Medical and sanitary report of the native army of Bengal for the year
Year: 1878
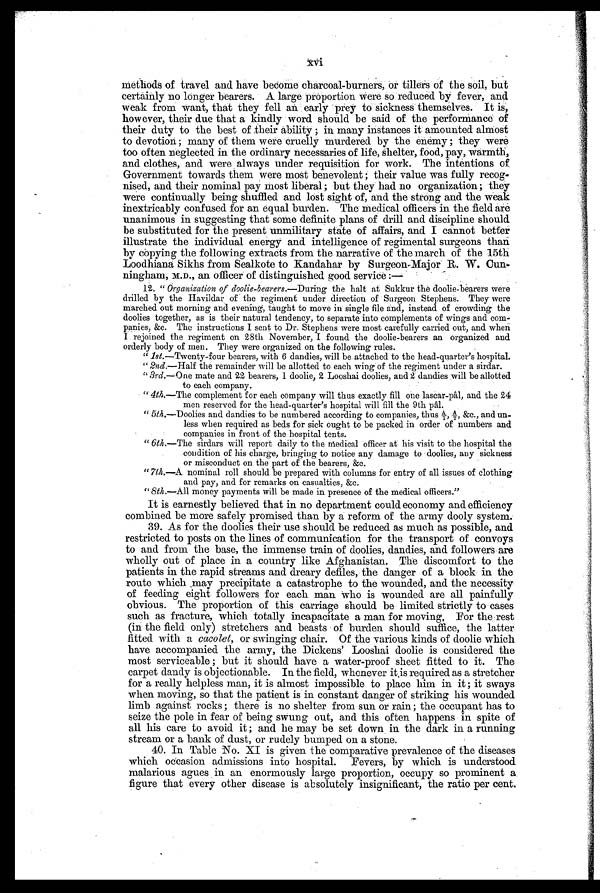
xvi
methods of travel and have become charcoal-burners, or tillers of the soil, but
certainly no longer bearers. A large proportion were so reduced by fever, and
weak from want, that they fell an early prey to sickness themselves. It is,
however, their due that a kindly word should be said of the performance of
their duty to the best of their ability ; in many instances it amounted almost
to devotion ; many of them were cruelly murdered by the enemy ; they were
too often neglected in the ordinary necessaries of life, shelter, food, pay, warmth,
and clothes, and were always under requisition for work. The intentions of
Government towards them were most benevolent ; their value was fully recog
-nised, and their nominal pay most liberal ; but they had no organization ; they
were continually being shuffled and lost sight of, and the strong and the weak
inextricably confused for an equal burden. The medical officers in the field are
unanimous in suggesting that some definite plans of drill and discipline should
be substituted for the present unmilitary state of affairs, and I cannot better
illustrate the individual energy and intelligence of regimental surgeons than
by copying the following extracts from the narrative of the march of the 15th
Loodhiana Sikhs from Sealkote to Kandahar by Surgeon-Major R. W. Cun
-ningham, M.D., an officer of distinguished good service :—
12. " Organization of doolie-bearers.— During the halt at Sukkur the doolie-bearers were
drilled by the Havildar of the regiment under direction of Surgeon Stephens. They were
marched out morning and evening, taught to move in single file and, instead of crowding the
doolies together, as is their natural tendency, to separate into complements of wings and com
-panies, &c. The instructions I sent to Dr. Stephens were most carefully carried out, and when
I rejoined the regiment on 28th November, I found the doolie-bearers an organized and
orderly body of men. They were organized on the
f o l l o w i n g r u l e s .
" 1st.—Twenty-four bearers, with 6 dandies, will be attached to the head-quarter's hospital.
" 2nd.—Half the remainder will be allotted to each wing of the regiment under a sirdar.
" " " 3rd.—One mate and 22 bearers, 1 doolie, 2 Looshai doolies, and 2 dandies will be allotted
to each company.
" 4th —The complement for each company will thus exactly fill one lascar-pâl, and the 24
men reserved for the head-quarter's hospital will fill the 9th pâl.
" 5th.—Doolies and dandies to be numbered according to companies, thus A/1, A/2, &c., and un-
less when required as beds for sick ought to be packed in order of numbers and
companies in front of the hospital tents.
" 6th.—The sirdars will report daily to the medical officer at his visit to the hospital the
condition of his charge, bringing to notice any damage to doolies, any sickness
or misconduct on the part of the bearers, &c.
" 7th.—A nominal roll should be prepared with columns for entry of all issues of clothing
and pay, and for remarks on casualties, &c.
" 8th.—All money payments will be made in presence of the medical officers."
It is earnestly believed that in no department could economy and efficiency
combined be more safely promised than by a reform of the army dooly system.
39. As for the doolies their use should be reduced as much as possible, and
restricted to posts on the lines of communication for the transport of convoys
to and from the base, the immense train of doolies, dandies, and followers are
wholly out of place in a country like Afghanistan. The discomfort to the
patients in the rapid streams and dreary defiles, the danger of a block in the
route which may precipitate a catastrophe to the wounded, and the necessity
of feeding eight followers for each man who is wounded are all painfully
obvious. The proportion of this carriage should be limited strictly to cases
such as fracture, which totally incapacitate a man for moving. For the rest
(in the field only) stretchers and beasts of burden should suffice, the latter
fitted with a cacolet, or swinging chair. Of the various kinds of doolie which
have accompanied the army, the Dickens' Looshai doolie is considered the
most serviceable ; but it should have a water-proof sheet fitted to it. The
carpet dandy is objectionable. In the field, whenever it is required as a stretcher
for a really helpless man, it is almost impossible to place him in it ; it sways
when moving, so that the patient is in constant danger of striking his wounded
limb against rocks ; there is no shelter from sun or rain ; the occupant has to
seize the pole in fear of being swung out, and this often happens in spite of
all his care to avoid it ; and he may be set down in the dark in a running
stream or a bank of dust, or rudely bumped on a stone.
40. In Table No. XI is given the comparative prevalence of the diseases
which occasion admissions into hospital. Fevers, by which is understood
malarious agues in an enormously large proportion, occupy so prominent a
figure that every other disease is absolutely insignificant, the ratio per cent.